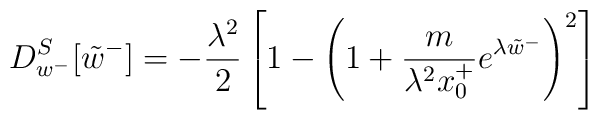
D_{w^{-}}^{S}[\tilde{w}^{-}]=-\frac{\lambda^{2}}{2} \left[ 1-\left( 1+\frac{m}{\lambda^{2} x_{0}^{+}}e^{\lambda \tilde{w}^{-}}\right)^{2} \right]